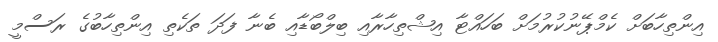
އިންތިހާބަށް ކެމްޕޭނުކުރުމަށް ބަހައްޓާ އިޝްތިހާރާއި ބިލްބޯޑާއި ބެނާ ފަދަ ތަކެތި އިންތިހާބުގެ ރަސްމީ